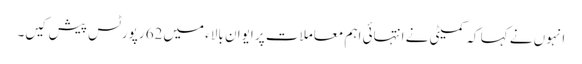
انہوں نے کہا کہ کمیٹی نے انتہائی اہم معاملات پر ایوان بالاء میں62 رپورٹس پیش کیں۔